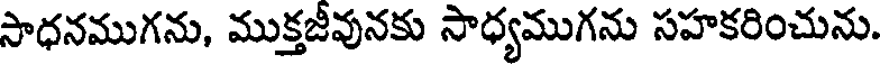
సాధనముగను, ముక్తజీవునకు సాధ్యముగను సహకరించును.